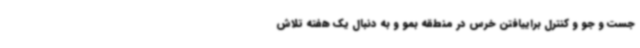
جست و جو و کنترل براییافتن خرس در منطقه بمو و به دنبال یک هفته تلاش